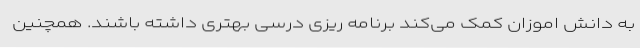
به دانش اموزان کمک می‌کند برنامه ریزی درسی بهتری داشته باشند. همچنین